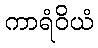
ကာရံဝိယံ